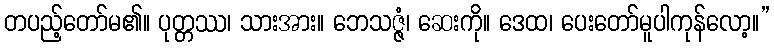
တပည့်တော်မ၏။ ပုတ္တဿ၊ သားအား။ ဘေသဇ္ဇံ၊ ဆေးကို။ ဒေထ၊ ပေးတော်မူပါကုန်လော့။”